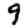
Digit: 9